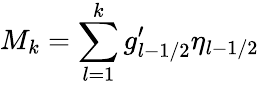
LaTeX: M_{k}=\sum_{l=1}^{k}g_{l-1/2}^{\prime}\eta_{l-1/2}